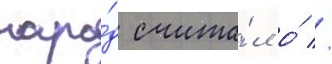
наро́д счита́л о́ //